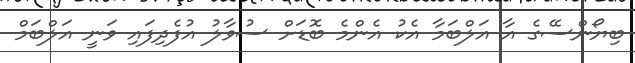
ބިޔޯންސޭގެ އާ އަލްބަމާ އެކު އެންމެ ބޮޑަށް ސުވާލު އުފެދިފައި ވަނީ އަލްބަމް